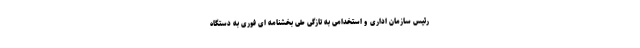
رئیس سازمان اداری و استخدامی به تازگی طی بخشنامه ای فوری به دستگاه